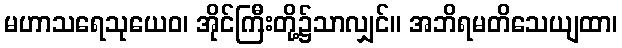
မဟာသရေသုယေဝ၊ အိုင်ကြီးတို့၌သာလျှင်။ အဘိရမတိသေယျထာ၊